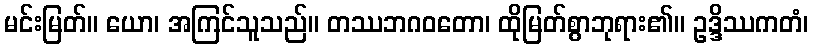
မင်းမြတ်။ ယော၊ အကြင်သူသည်။ တဿဘဂဝတော၊ ထိုမြတ်စွာဘုရား၏။ ဥဒ္ဒိဿကတံ၊